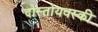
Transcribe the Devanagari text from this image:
दोस्तोयवस्की